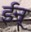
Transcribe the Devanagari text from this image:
ईन्